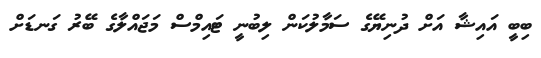
ބިބީ އައިޝާ އަށް ދުނިޔޭގެ ސަމާލުކަން ލިބުނީ ޓައިމްސް މަޖައްލާގެ ބޭރު ގަނޑަށް